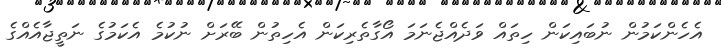
އެހެންކަމުން ނުބައިކަން ހިތައް ވަދެއްޖެނަމަ އޯގާތެރިކަން އެހިތުން ބޭރަށް ނުކުމެ އެކަމުގެ ނަތީޖާއެއްގެ